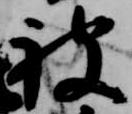
被